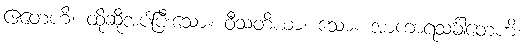
ဧတေဟိ၊ ထိုဆိုအပ်ပြီးသော။ ဝီသတိယာ၊ သော။ အာကာရသင်္ခါတေဟိ၊